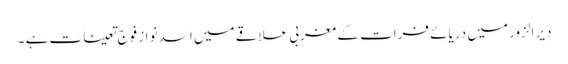
دیر الزور میں دریائے فرات کے مغربی علاقے میں اسد نواز فوج تعینات ہے ۔